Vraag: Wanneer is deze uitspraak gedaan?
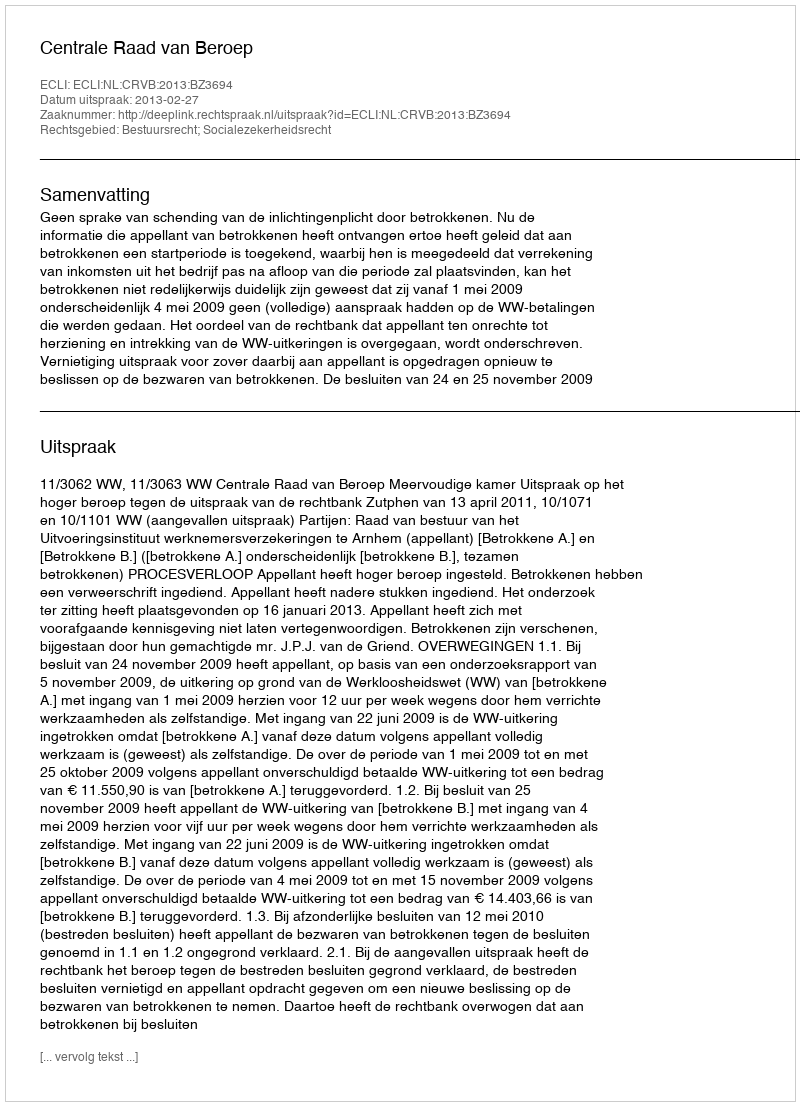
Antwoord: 2013-02-27